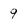
Character: 9